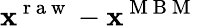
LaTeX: \mathbf{x}^{\mathrm{{~r~a~w~}}}-\mathbf{x}^{\mathrm{{~M~B~M~}}}